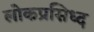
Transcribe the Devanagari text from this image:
लोकप्रसिध्द